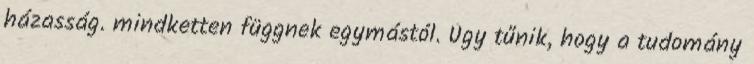
házasság. mindketten függnek egymástól. Úgy tűnik, hogy a tudomány